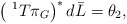
\begin{align*}\left( \ ^{1}T\pi _{G}\right) ^{\ast }d\bar{L}=\theta _{2},\end{align*}